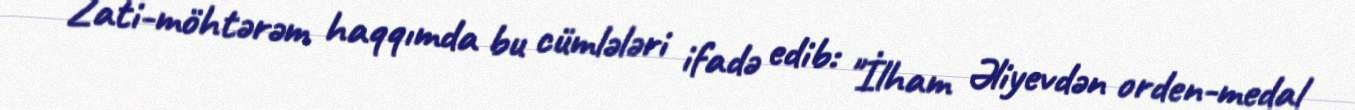
Zati-möhtərəm haqqımda bu cümlələri ifadə edib: "İlham Əliyevdən orden-medal